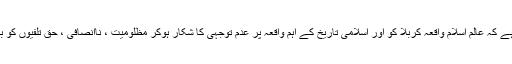
افسوس اس بات کا ہے کہ عالم اسلام واقعہ کربلا کو اور اسلامی تاریخ کے اہم واقعہ پر عدم توجہی کا شکار ہوکر مظلومیت ، ناانصافی ، حق تلفیوں کو برداشت کررہا ہے ۔